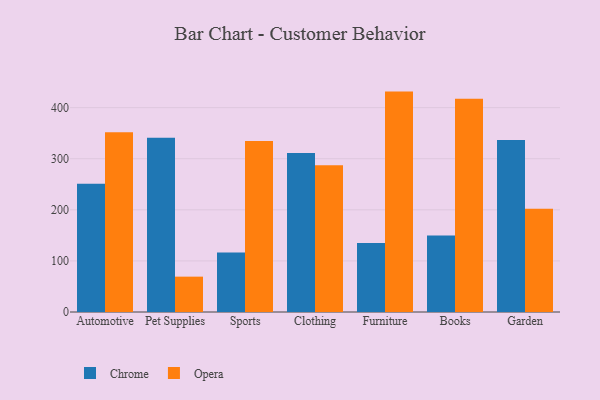
{"axis": {"x": "Category", "y": "Conversion Rate (%)"}, "legend": ["Chrome", "Opera"], "data": [{"x": "Automotive", "y": 250.8, "type": "Chrome"}, {"x": "Automotive", "y": 351.8, "type": "Opera"}, {"x": "Pet Supplies", "y": 341.2, "type": "Chrome"}, {"x": "Pet Supplies", "y": 69.2, "type": "Opera"}, {"x": "Sports", "y": 116.7, "type": "Chrome"}, {"x": "Sports", "y": 334.5, "type": "Opera"}, {"x": "Clothing", "y": 311.3, "type": "Chrome"}, {"x": "Clothing", "y": 287.1, "type": "Opera"}, {"x": "Furniture", "y": 135.1, "type": "Chrome"}, {"x": "Furniture", "y": 431.4, "type": "Opera"}, {"x": "Books", "y": 149.8, "type": "Chrome"}, {"x": "Books", "y": 417.6, "type": "Opera"}, {"x": "Garden", "y": 336.9, "type": "Chrome"}, {"x": "Garden", "y": 202.2, "type": "Opera"}]}